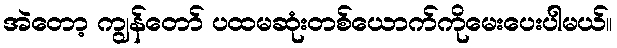
အဲတော့ ကျွန်တော် ပထမဆုံးတစ်ယောက်ကိုမေးပေးပါမယ်။